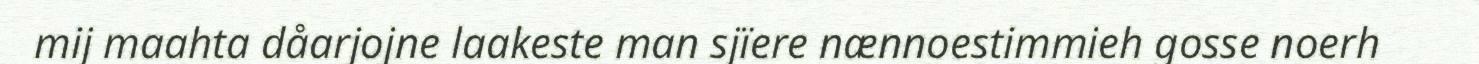
mij maahta dåarjojne laakeste man sjïere nænnoestimmieh gosse noerh